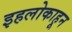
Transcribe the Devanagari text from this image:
इहलोकाहून